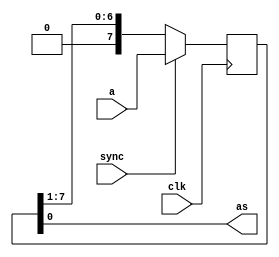
module ps(input wire[7:0] a,
	  input wire  sync,
	  input wire  clk,
	  output wire as);

   reg [7:0] 	      ra;

   always @(posedge clk)
     if (sync)
       ra <= a;
     else
       ra <= {1'b0, ra[7:1]};

   assign as = ra[0];

endmodule